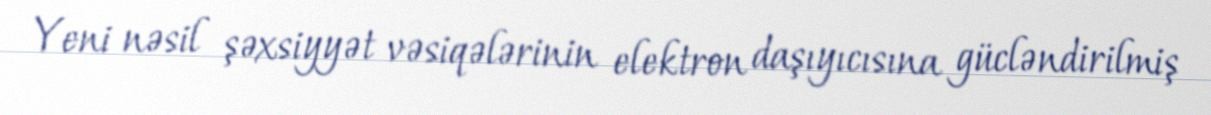
Yeni nəsil şəxsiyyət vəsiqələrinin elektron daşıyıcısına gücləndirilmiş